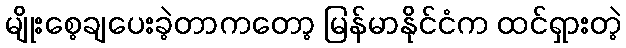
မျိုးစေ့ချပေးခဲ့တာကတော့ မြန်မာနိုင်ငံက ထင်ရှားတဲ့